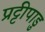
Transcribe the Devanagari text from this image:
प्रट्टीपाडु